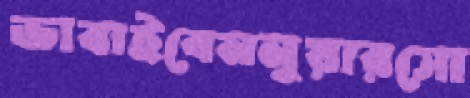
ভাবাইবেননুয়ারসো